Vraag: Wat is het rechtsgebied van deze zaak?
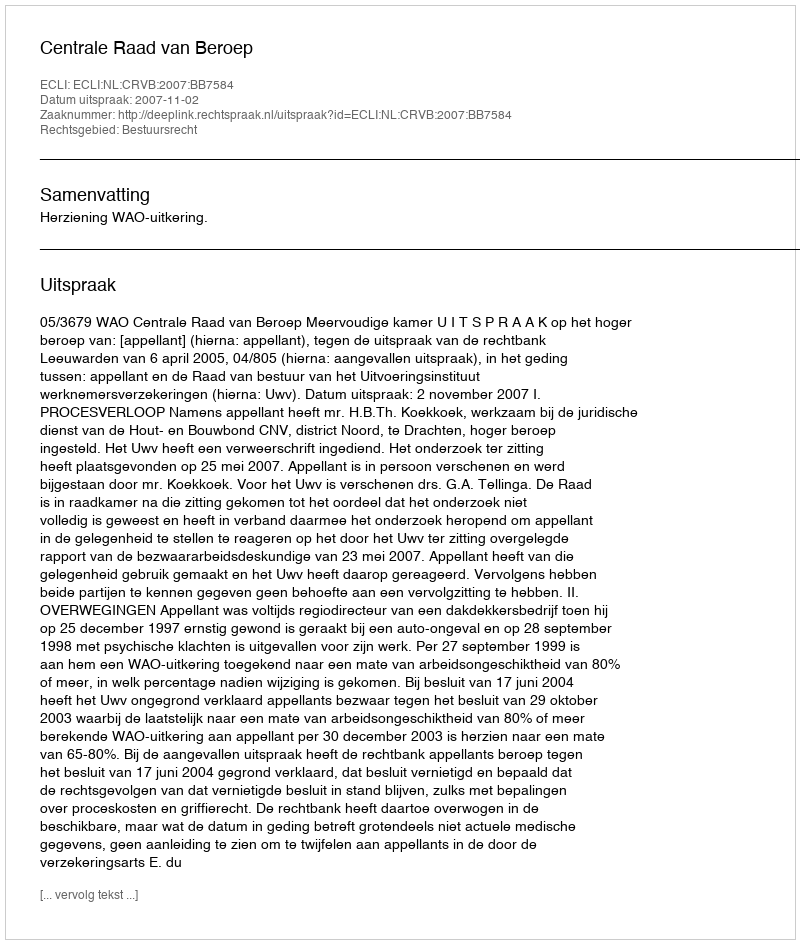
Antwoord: Bestuursrecht